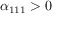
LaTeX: \alpha _ { 1 1 1 } > 0